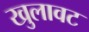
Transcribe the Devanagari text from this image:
खुलावट